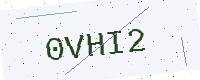
Text: 0VHI2